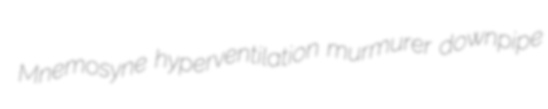
Mnemosyne hyperventilation murmurer downpipe